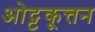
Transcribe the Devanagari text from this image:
ओट्टकूत्तन